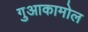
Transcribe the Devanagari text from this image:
गुआकामोल